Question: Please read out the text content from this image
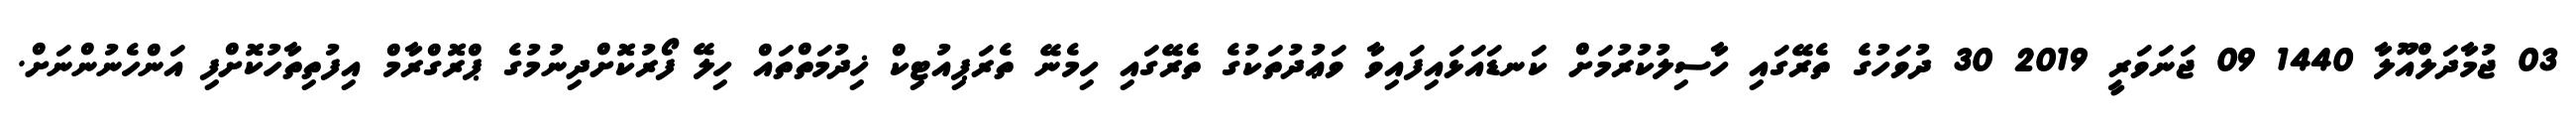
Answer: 03 ޖުމާދަލްއޫލާ 1440 09 ޖަނަވަރީ 2019 30 ދުވަހުގެ ތެރޭގައި ހާސިލުކުރުމަށް ކަނޑައަޅައިފައިވާ ވަޢުދުތަކުގެ ތެރޭގައި ހިމެނޭ ތެރަޕިއުޓިކް ޚިދުމަތްތައް ހިލޭ ފޯރުކޮށްދިނުމުގެ ޕްރޮގްރާމް އިފުތިތާހުކޮށްފި އަންހެނުންނަށް.